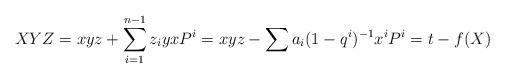
LaTeX: \begin{align*}XYZ = xyz+ \sum_{i=1}^{n-1} z_iy x P^i= xyz - \sum a_i(1-q^i)^{-1} x^{i} P^i = t - f(X)\end{align*}